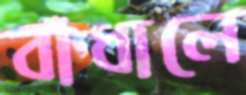
বাঁধালে